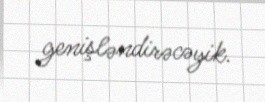
genişləndirəcəyik.